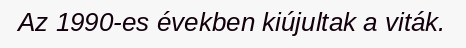
Az 1990-es években kiújultak a viták.